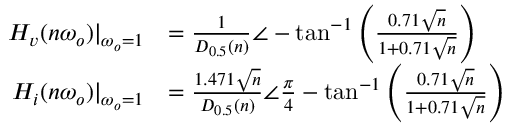
\begin{array} { r l } { H _ { v } ( n \omega _ { o } ) | _ { \omega _ { o } = 1 } } & { = \frac { 1 } { D _ { 0 . 5 } ( n ) } \angle - \tan ^ { - 1 } \left( \frac { 0 . 7 1 \sqrt { n } } { 1 + 0 . 7 1 \sqrt { n } } \right) } \\ { H _ { i } ( n \omega _ { o } ) | _ { \omega _ { o } = 1 } } & { = \frac { 1 . 4 7 1 \sqrt { n } } { D _ { 0 . 5 } ( n ) } \angle \frac { \pi } { 4 } - \tan ^ { - 1 } \left( \frac { 0 . 7 1 \sqrt { n } } { 1 + 0 . 7 1 \sqrt { n } } \right) } \end{array}